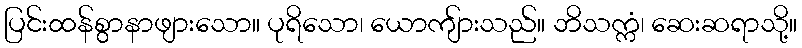
ပြင်းထန်စွာနာဖျားသော။ ပုရိသော၊ ယောကျ်ားသည်။ ဘိသက္ကံ၊ ဆေးဆရာသို့။